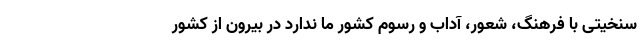
سنخیتی با فرهنگ، شعور، آداب و رسوم کشور ما ندارد در بیرون از کشور